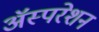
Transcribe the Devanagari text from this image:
अॅस्परेशन